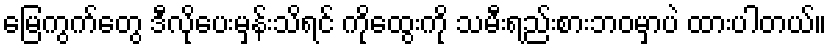
မြေကွက်တွေ ဒီလိုပေးမှန်းသိရင် ကိုထွေးကို သမီးရည်းစားဘဝမှာပဲ ထားပါတယ်။